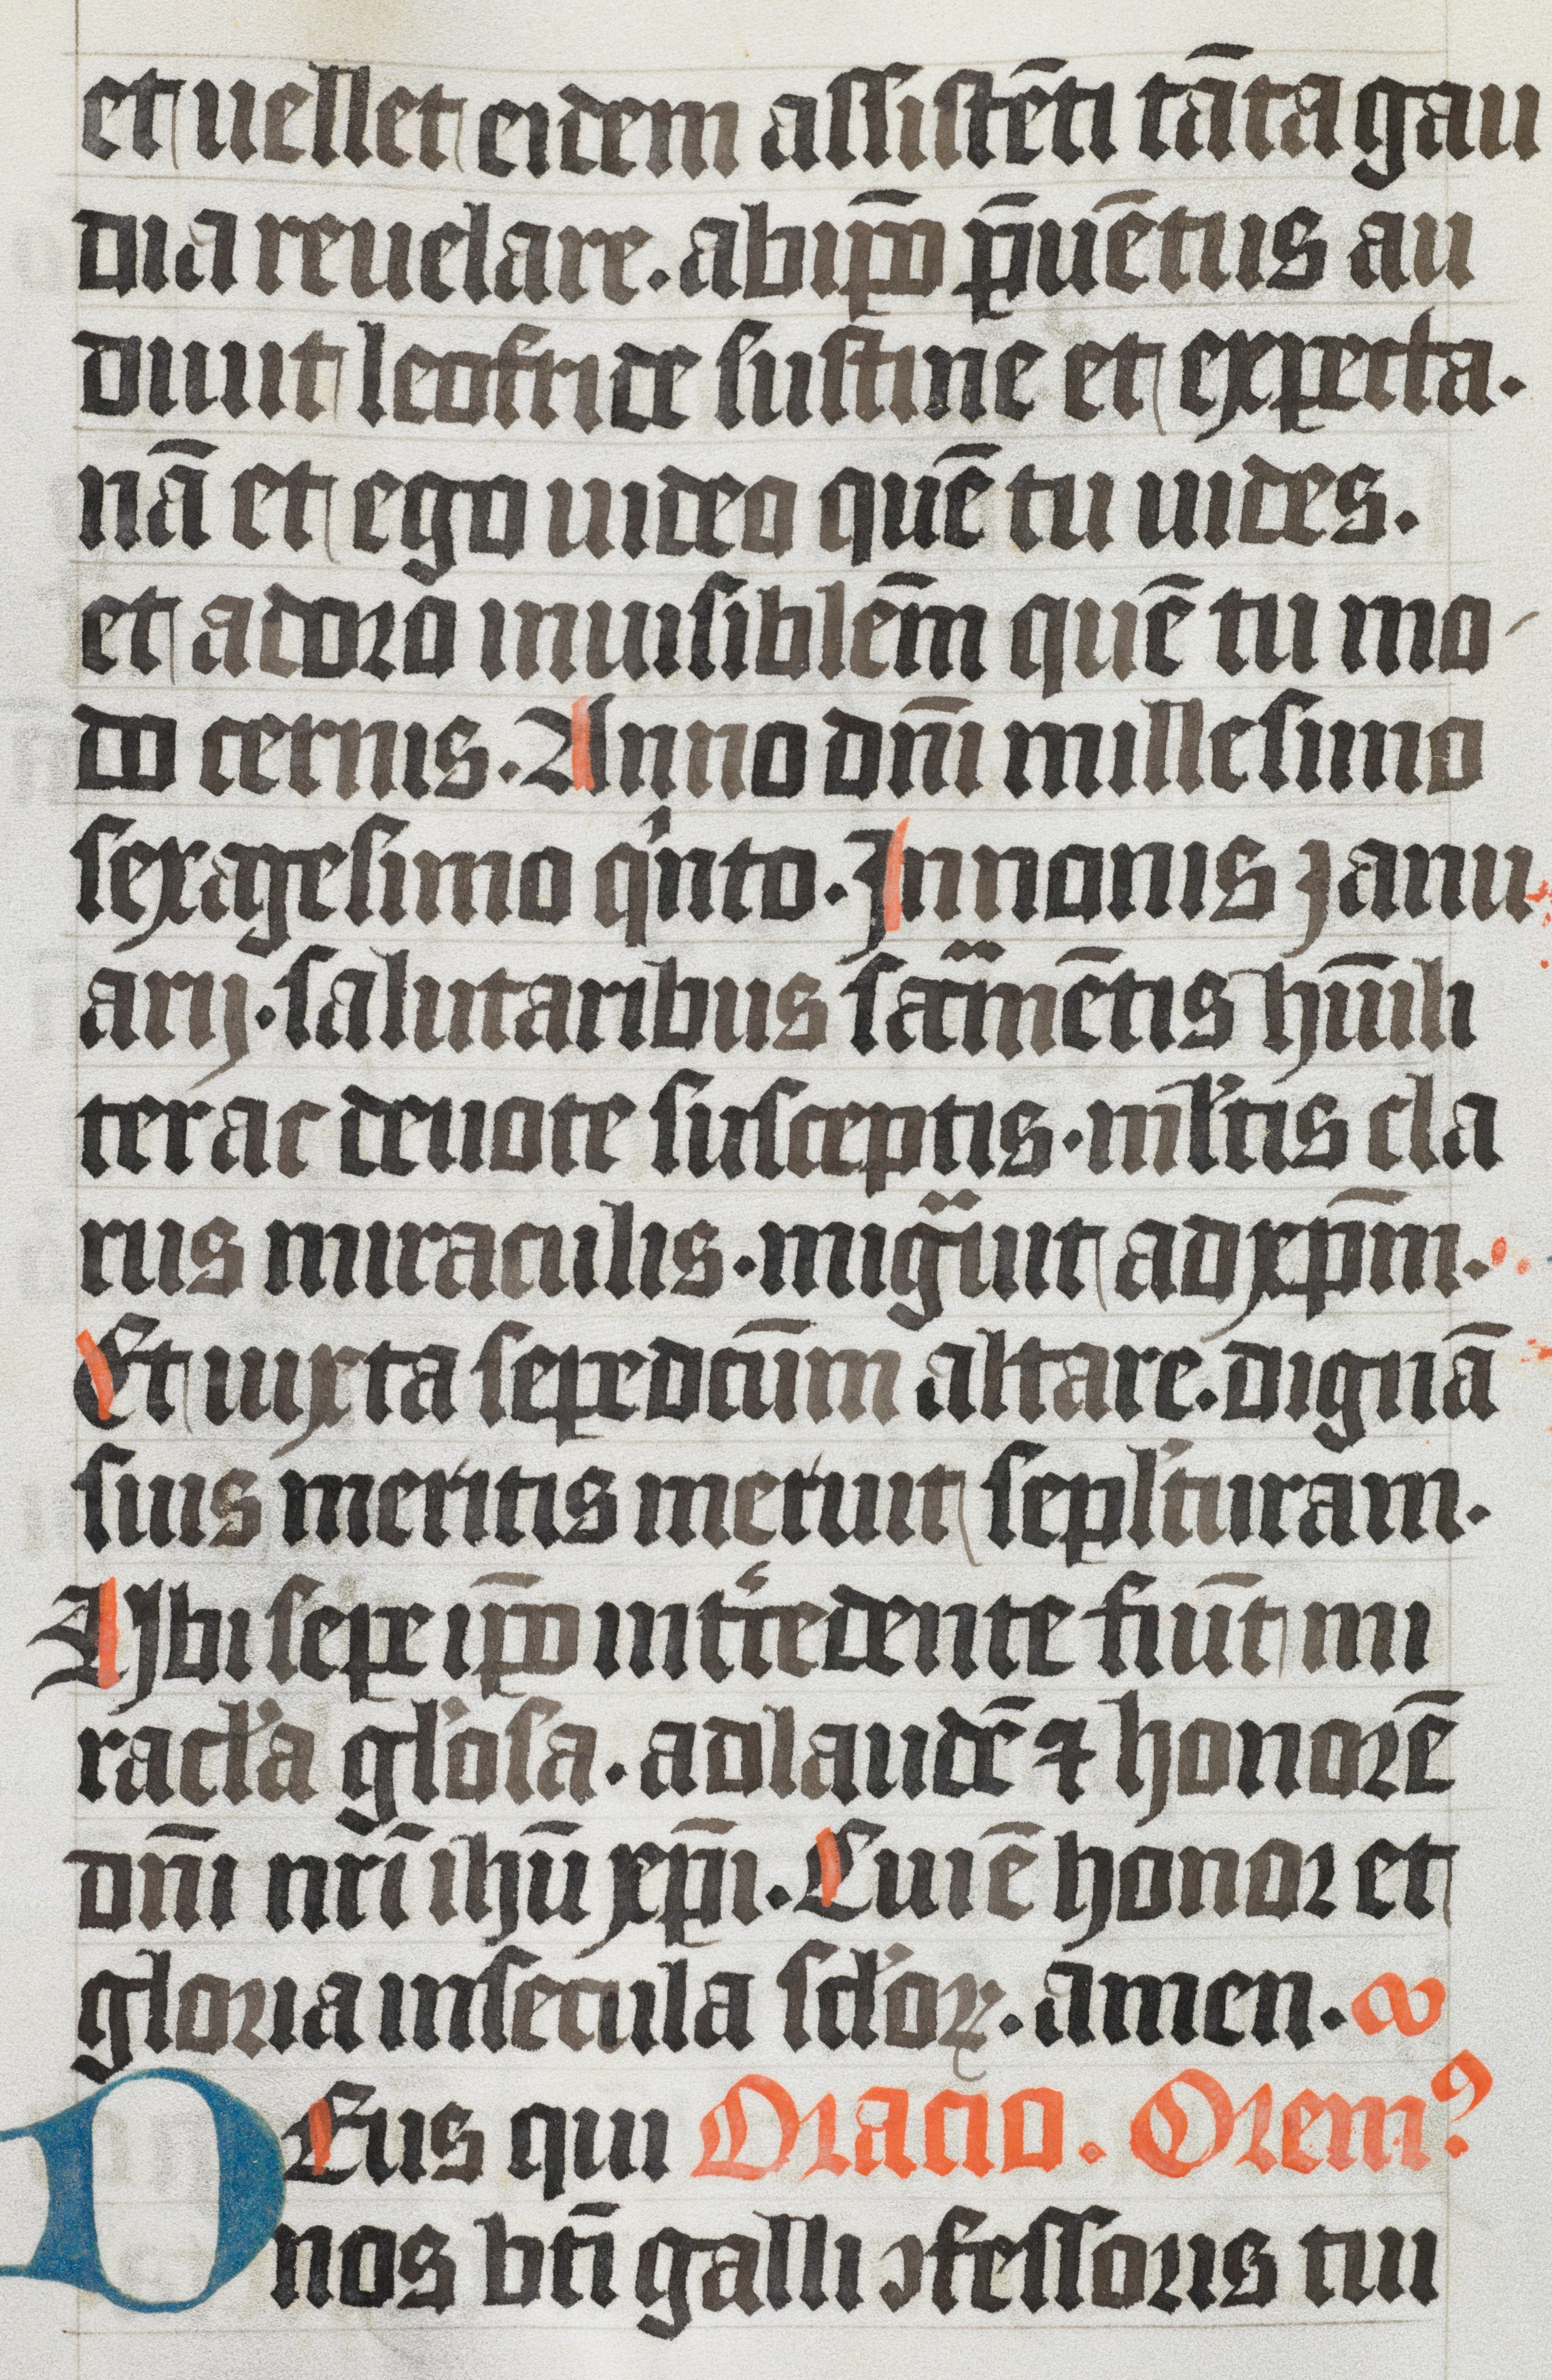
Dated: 1350–1399